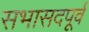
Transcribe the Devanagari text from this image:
सभासदपूर्व